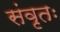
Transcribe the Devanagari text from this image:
संवृतः